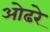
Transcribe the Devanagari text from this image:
ओढरे